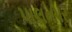
પાલનપર